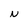
Character: N